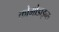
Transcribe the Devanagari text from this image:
कोमोडाइन्स